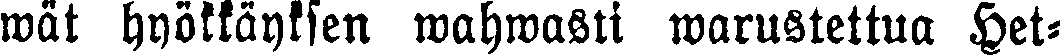
wät hyökkäyksen wahwasti warustettua Het-